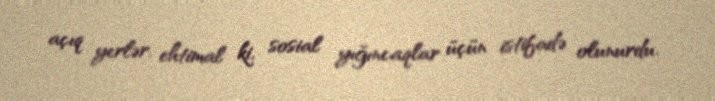
açıq yerlər, ehtimal ki, sosial yığıncaqlar üçün istifadə olunurdu.